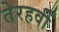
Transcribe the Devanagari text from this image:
तेरहवीँ